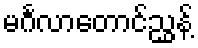
မင်္ဂလာတောင်ညွှန့်